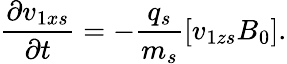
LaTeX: \frac{\partial{v}_{1xs}}{\partial t}=-\frac{q_{s}}{m_{s}}\left[{v}_{1zs}B_{0}\right].